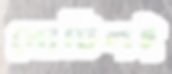
নোটিশই